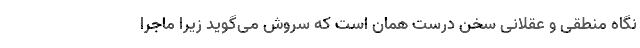
نگاه منطقی و عقلانی سخن درست همان است که سروش می‌گوید زیرا ماجرا